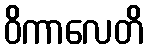
ဝိကာလေတိ